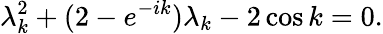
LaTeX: \lambda_{k}^{2}+(2-e^{-ik})\lambda_{k}-2\cos k=0.